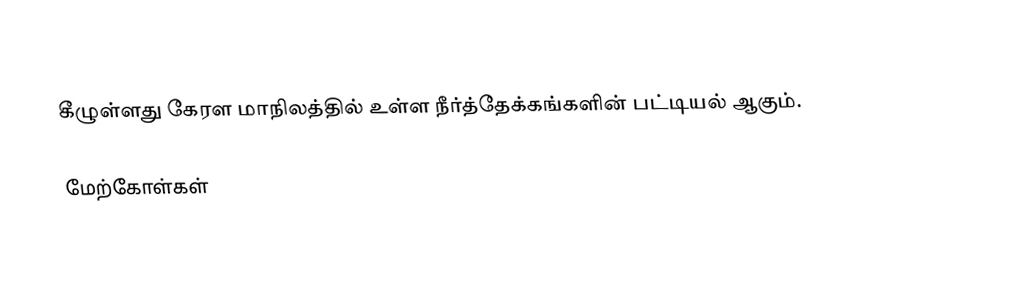
கீழுள்ளது கேரள மாநிலத்தில் உள்ள நீர்த்தேக்கங்களின் பட்டியல் ஆகும்.

மேற்கோள்கள்